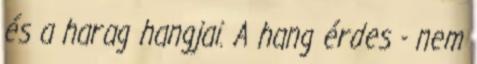
és a harag hangjai. A hang érdes - nem